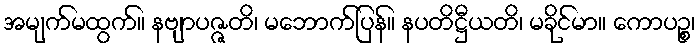
အမျက်မထွက်။ နဗျာပဇ္ဇတိ၊ မဘောက်ပြန်။ နပတိဋ္ဌီယတိ၊ မခိုင်မာ။ ကောပဉ္စ၊